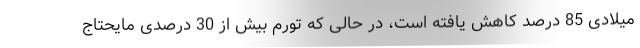
میلادی 85 درصد کاهش یافته است، در حالی که تورم بیش از 30 درصدی مایحتاج